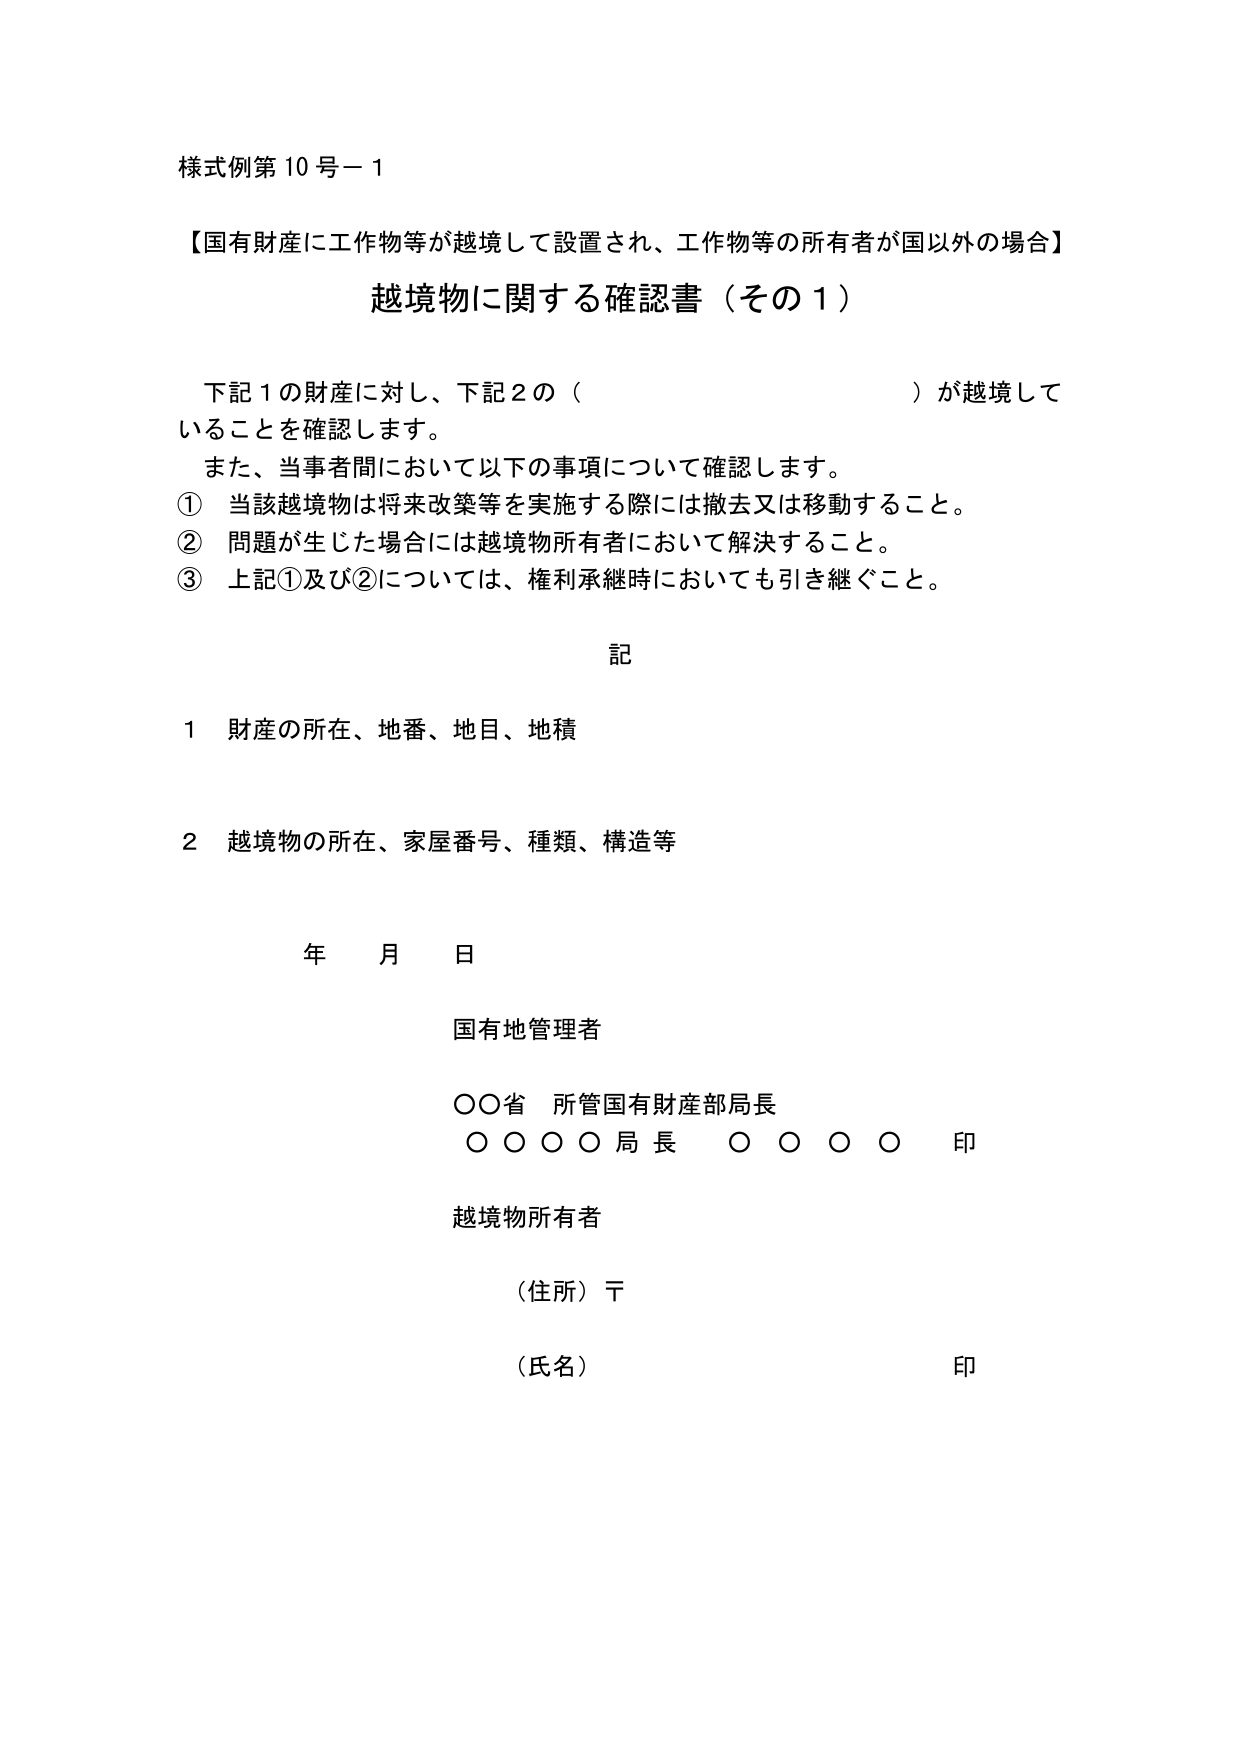
様式例第10号－1

【国有財産に工作物等が越境して設置され、工作物等の所有者が国以外の場合】

越境物に関する確認書（その1）

下記1の財産に対し、下記2の（　　　　　　　　　　　　）が越境していることを確認します。
また、当事者間において以下の事項について確認します。
① 当該越境物は将来改築等を実施する際には撤去又は移動すること。
② 問題が生じた場合には越境物所有者において解決すること。
③ 上記①及び②については、権利承継時においても引き継ぐこと。

記

1 財産の所在、地番、地目、地積

2 越境物の所在、家屋番号、種類、構造等

年　月　日

国有地管理者

○○省　所管国有財産部局長
○○○○局長　○○○○　印

越境物所有者

（住所）〒

（氏名）　　　　　　　　　　　　　　　　　　　　　印